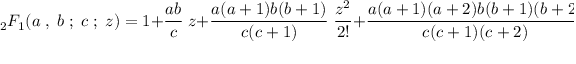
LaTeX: { } _ { 2 } F _ { 1 } ( a \; , \; b \; ; \; c \; ; \; z ) = 1 + { \frac { a b } { c } } \; z + { \frac { a ( a + 1 ) b ( b + 1 ) } { c ( c + 1 ) } } \; { \frac { z ^ { 2 } } { 2 ! } } + { \frac { a ( a + 1 ) ( a + 2 ) b ( b + 1 ) ( b + 2 ) } { c ( c + 1 ) ( c + 2 ) } } \; { \frac { z ^ { 3 } } { 3 ! } } + \cdots